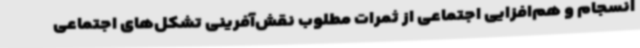
انسجام و هم‌افزایی اجتماعی از ثمرات مطلوب نقش‌آفرینی تشکل‌های اجتماعی